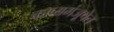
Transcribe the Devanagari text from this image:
काव्यमंजूषेत